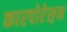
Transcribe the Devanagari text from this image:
कारपोरेस़न